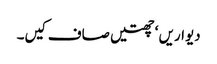
دیواریں ‘ چھتیں صاف کیں۔